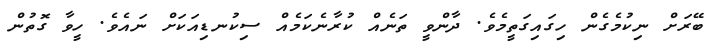
ބޭރަށް ނިކުމެގެން ހިގައިގަތީމެވެ. ދާންވީ ތަނެއް ކުރާނެކަމެއް ސިކުނޑިއަކަށް ނައެވެ. ހީވާ ގޮތުން